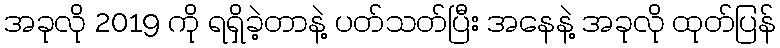
အခုလို 2019 ကို ရရှိခဲ့တာနဲ့ ပတ်သတ်ပြီး အနေနဲ့ အခုလို ထုတ်ပြန်